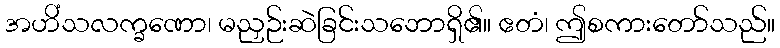
အဟိံသလက္ခဏော၊ မညှဉ်းဆဲခြင်းသဘောရှိ၏။ ဧတံ၊ ဤစကားတော်သည်။